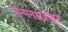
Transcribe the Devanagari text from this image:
जन्मनक्षत्रावर